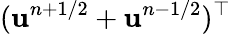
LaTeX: (\mathbf{u}^{n+1/2}+\mathbf{u}^{n-1/2})^{\top}